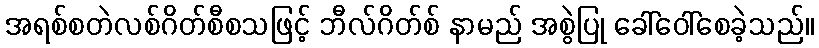
အရစ်စတဲလစ်ဂိတ်စီစသဖြင့် ဘီလ်ဂိတ်စ် နာမည် အစွဲပြု ခေါ်ဝေါ်စေခဲ့သည်။